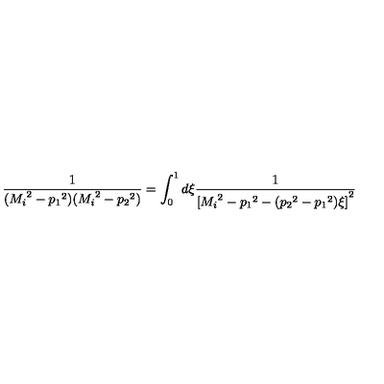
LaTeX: \frac { 1 } { ( { M _ { i } } ^ { 2 } - { p _ { 1 } } ^ { 2 } ) ( { M _ { i } } ^ { 2 } - { p _ { 2 } } ^ { 2 } ) } = \int _ { 0 } ^ { 1 } d \xi \frac { 1 } { { [ { M _ { i } } ^ { 2 } - { p _ { 1 } } ^ { 2 } - ( { p _ { 2 } } ^ { 2 } - { p _ { 1 } } ^ { 2 } ) \xi ] } ^ { 2 } }